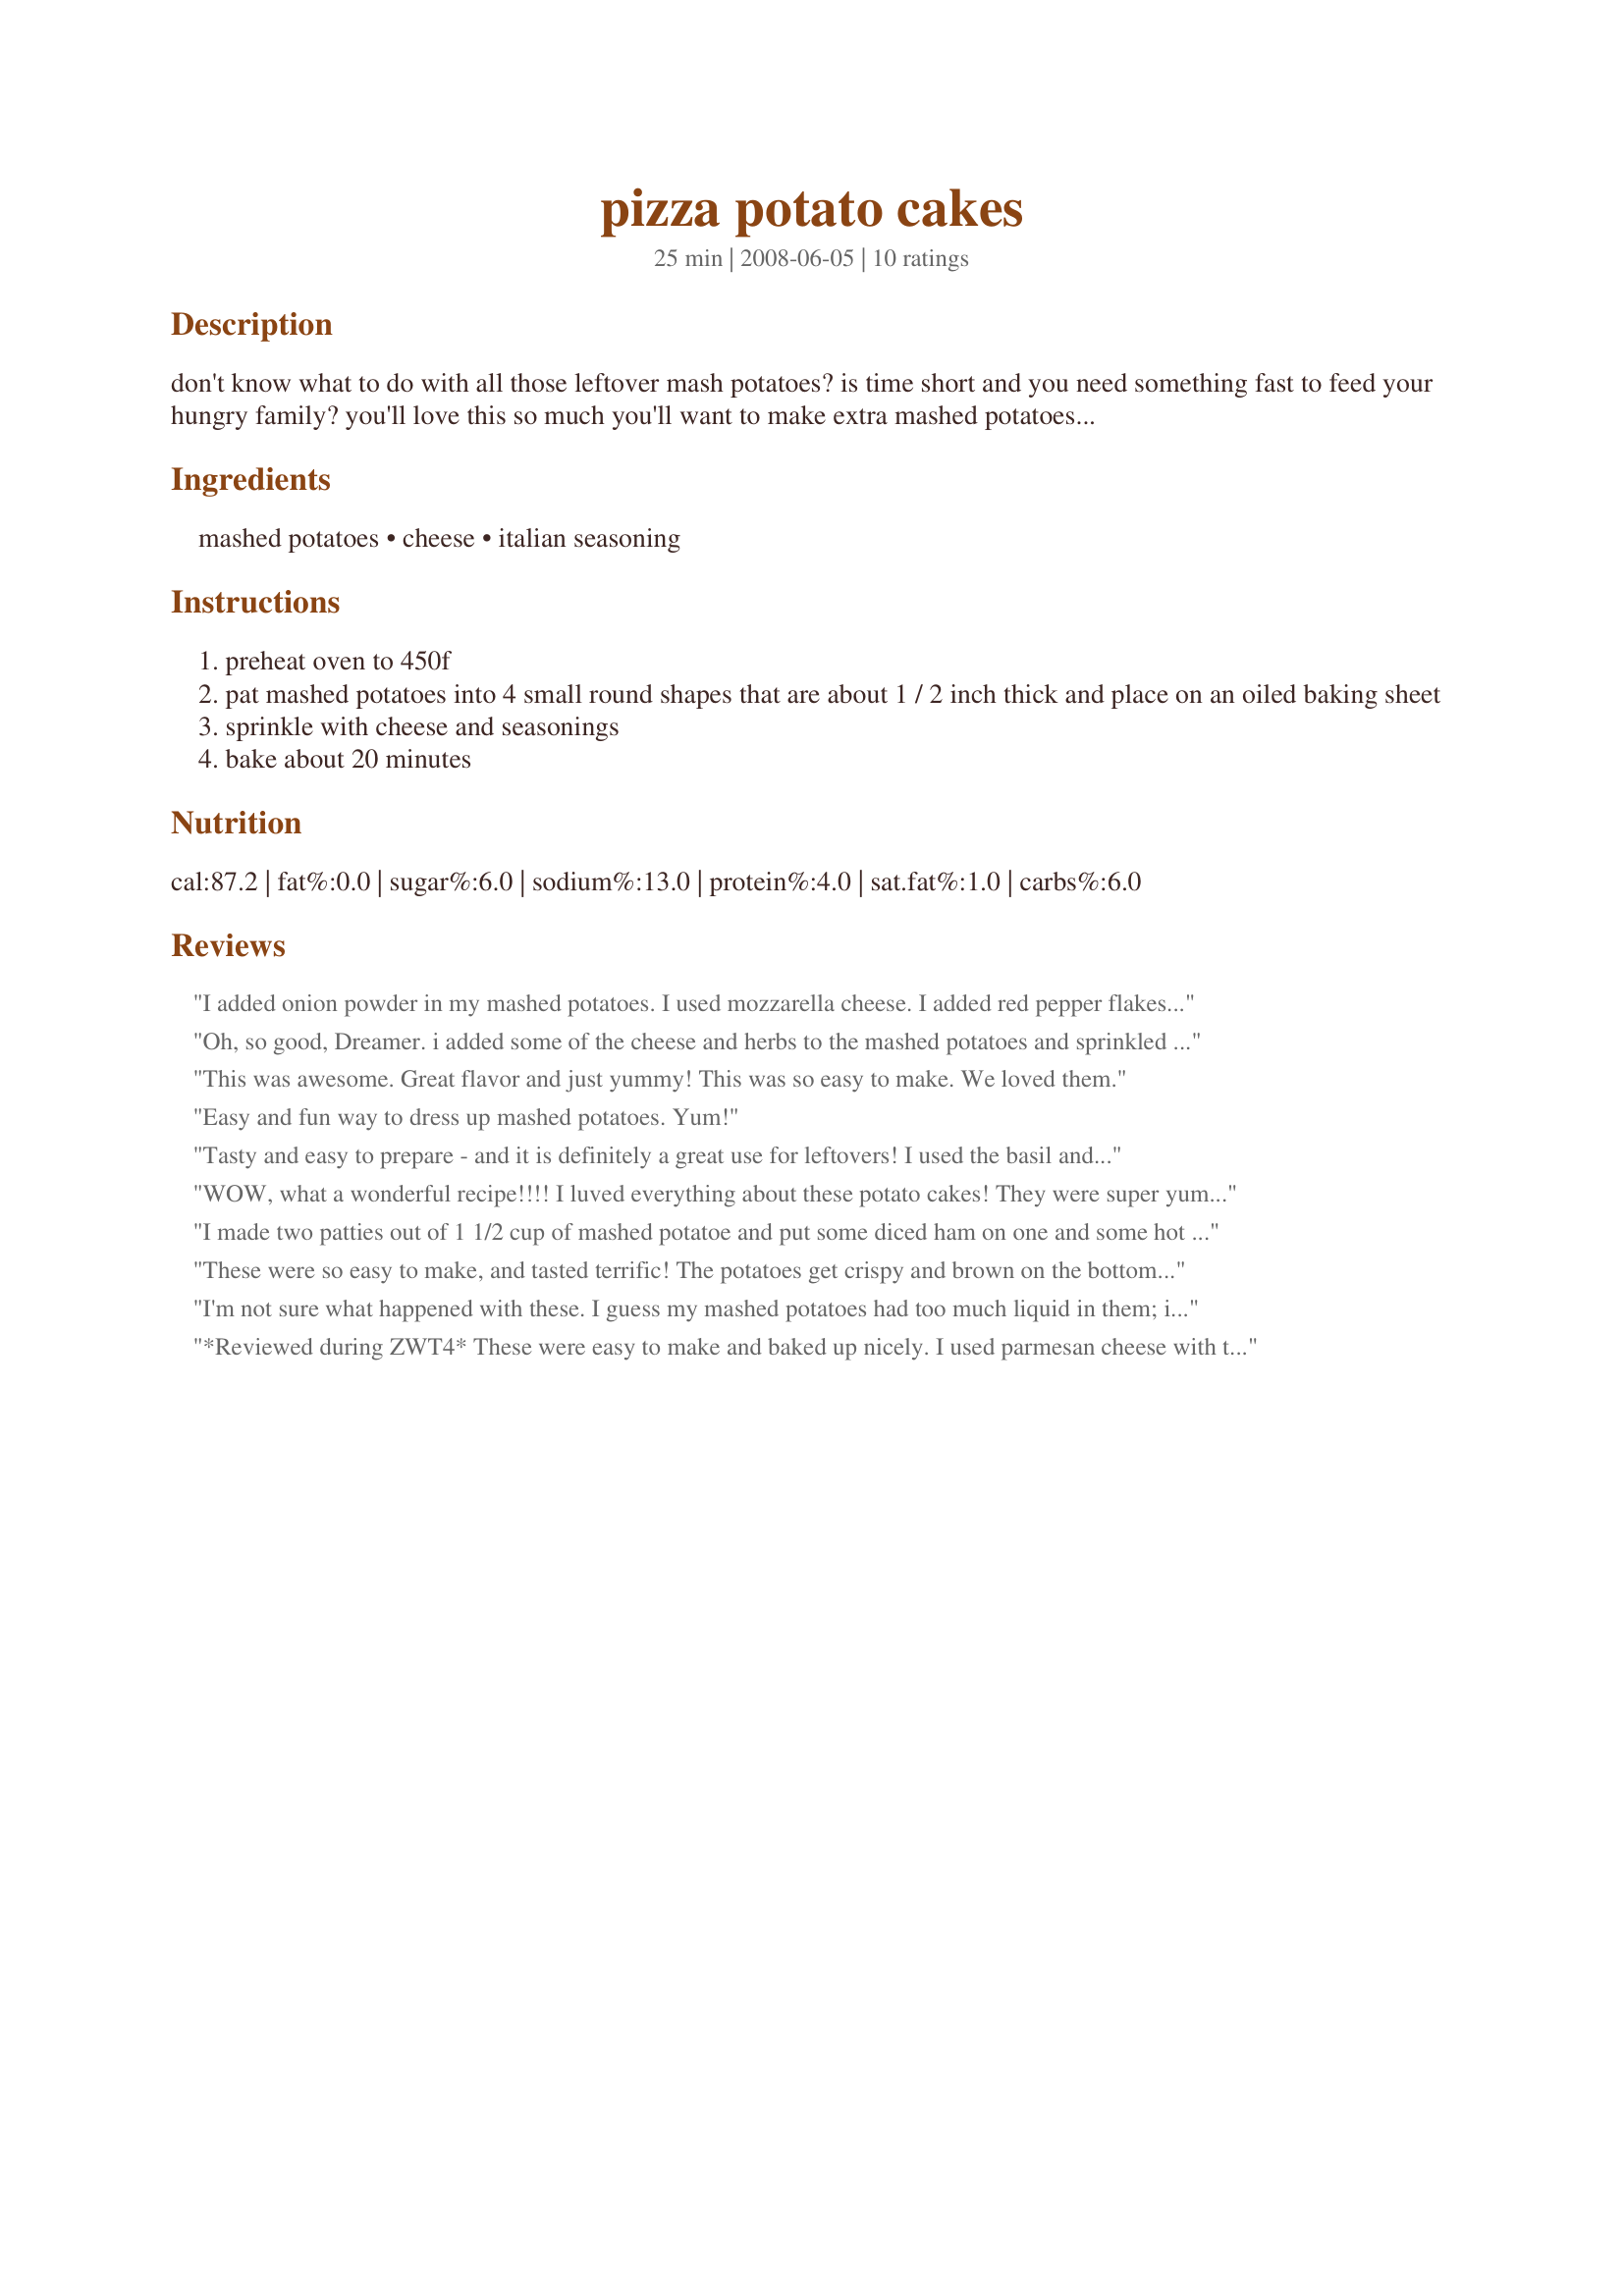
pizza potato cakes
Preparation time: 25 minutes

don't know what to do with all those leftover mash potatoes? is time short and you need something fast to feed your hungry family? you'll love this so much you'll want to make extra mashed potatoes just so you can make them. the recipe comes from chatelaine food express quickies 2.

Ingredients:
mashed potatoes, cheese, italian seasoning

Steps:
preheat oven to 450f
pat mashed potatoes into 4 small round shapes that are about 1 / 2 inch thick and place on an oiled baking sheet
sprinkle with cheese and seasonings
bake about 20 minutes

Reviews:
I added onion powder in my mashed potatoes. I used mozzarella cheese. I added red pepper flakes on 2 cakes. It was great but something was missing. It didn't have a taste of pizza for me. Thanks Dreamer. Made for the Babes of ZWT4
Oh, so good, Dreamer. i added some of the cheese and herbs to the mashed potatoes and sprinkled more on top! Yummy to the max. Thnx for sharing. made for KcK's Forum.
This was awesome. Great flavor and just yummy! This was so easy to make. We loved them.
Easy and fun way to dress up mashed potatoes. Yum!
Tasty and easy to prepare - and it is definitely a great use for leftovers! I used the basil and oregano option and added a little bit of shredded mozzerella with the Parmesan on top. Very enjoyable. Thanks for sharing! Veggie Swap 38
WOW, what a wonderful recipe!!!!
I luved everything about these potato cakes! They were super yummy with a lovely herby, cheesy flavour and had such a great texture! They were creamy and fluffy on the inside with a lovely crust on the outside.
Though I made my own mashed taters first and baked the cakes a little longer at a lower temperature, these were still rather quick to make.
I chose not to top my cakes with cheese, but to incorporate the cheese into the mash, which worked out really well.
THANK YOU SO MUCH for sharing this extra yummy treat with us, Dreamer!
Ill certainly make these again.
Made and reviewed for I Recommend Tag Game May 2010.
I made two patties out of 1 1/2 cup of mashed potatoe and put some diced ham on one and some hot hungarian salami on the other and covered with a grated pizza cheese (a mix of cheddar and mozzarella). They took 9 minutes at 220C in a fan forced oven and the DM and myself enjoyed. Will consider making again as a side to a meal. Made for please review my recipe a game of tag.
These were so easy to make, and tasted terrific! The potatoes get crispy and brown on the bottom. I asked my BF if he wanted to make this with mozzarella or cheddar, so he chose chedder so I'm not so sure how much like pizza it tasted. If you wanted to make it taste more like pizza, I might suggest adding a little tomato paste topped with mozzarella and/or parmesan? Anyway, these were good:)
I'm not sure what happened with these. I guess my mashed potatoes had too much liquid in them; instead of having compact potato cakes we ended up with soft potatoes spread out all over the pan. The flavor was good, though. I don't blame the recipe; I think maybe we had the wrong kind of mash for this. Thanks for posting!
*Reviewed during ZWT4* These were easy to make and baked up nicely. I used parmesan cheese with the Italian seasoning and it didn't melt. It did brown up nicely and was tasty though. I think these potato cakes would be great with some seasonings inside them-maybe fine onions or garlic with herbs. I think these would be by far better with mozarella or mozarella combo for cheese topping. Posting a photo (but I hope you get a better one soon)
